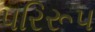
પરિરૂપ